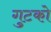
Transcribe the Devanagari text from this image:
गुटको